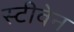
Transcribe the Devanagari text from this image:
स्‍टीवेन